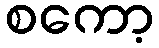
စကော့